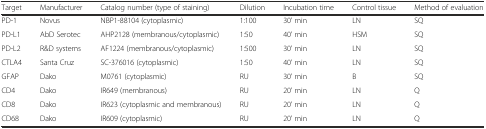
<table><thead><tr><td><b>Target</b></td><td><b>Manufacturer</b></td><td><b>Catalog number (type of staining)</b></td><td><b>Dilution</b></td><td><b>Incubation time</b></td><td><b>Control tissue</b></td><td><b>Method of evaluation</b></td></tr></thead><tbody><tr><td>PD-1</td><td>Novus</td><td>NBP1-88104 (cytoplasmic)</td><td>1:100</td><td>30’ min</td><td>LN</td><td>SQ</td></tr><tr><td>PD-L1</td><td>AbD Serotec</td><td>AHP2128 (membranous/cytoplasmic)</td><td>1:50</td><td>40’ min</td><td>HSM</td><td>SQ</td></tr><tr><td>PD-L2</td><td>R&amp;D systems</td><td>AF1224 (membranous/cytoplasmic)</td><td>1:500</td><td>30’ min</td><td>LN</td><td>SQ</td></tr><tr><td>CTLA4</td><td>Santa Cruz</td><td>SC-376016 (cytoplasmic)</td><td>1:50</td><td>40’ min</td><td>LN</td><td>SQ</td></tr><tr><td>GFAP</td><td>Dako</td><td>M0761 (cytoplasmic)</td><td>RU</td><td>30’ min</td><td>B</td><td>SQ</td></tr><tr><td>CD4</td><td>Dako</td><td>IR649 (membranous)</td><td>RU</td><td>20’ min</td><td>LN</td><td>Q</td></tr><tr><td>CD8</td><td>Dako</td><td>IR623 (cytoplasmic and membranous)</td><td>RU</td><td>20’ min</td><td>LN</td><td>Q</td></tr><tr><td>CD68</td><td>Dako</td><td>IR609 (cytoplasmic)</td><td>RU</td><td>20’ min</td><td>LN</td><td>Q</td></tr></tbody></table>